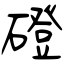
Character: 磴